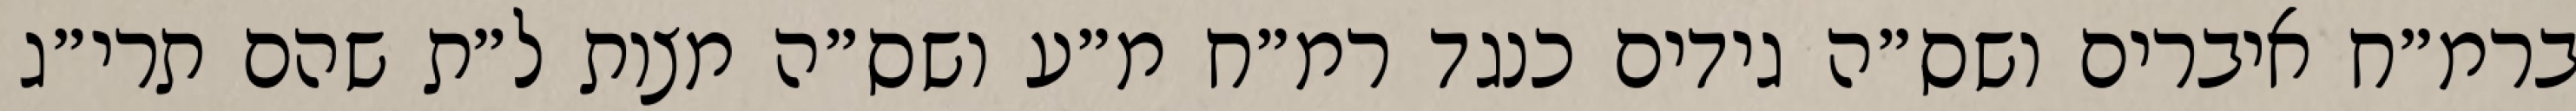
ברמ״ח איברים ושס״ה גידים כנגד רמ״ח מ״ע ושס״ה מצות ל״ת שהם תרי״ג